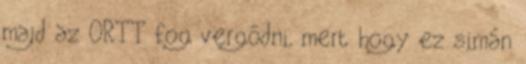
majd az ORTT fog vergődni, mert hogy ez simán